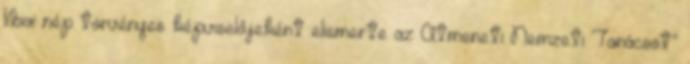
líbiai nép törvényes képviselőjeként elismerte az Átmeneti Nemzeti Tanácsot”